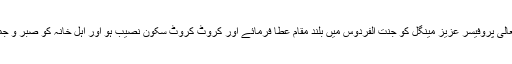
دُعا ہے کہ اللہ تعالیٰ پروفیسر عزیز مینگل کو جنت الفردوس میں بلند مقام عطا فرمائے اور کروٹ کروٹ سکون نصیب ہو اور اہلِ خانہ کو صبر و جمیل عطا فرمائے۔